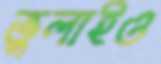
ভুলাইও